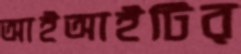
আইআইটির